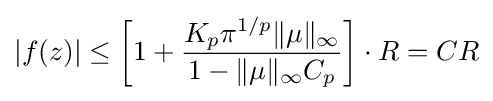
\displaystyle |f(z)|\leq \left[1+{K_{p}\pi ^{1/p}\|\mu \|_{\infty } \over 1-\|\mu \|_{\infty }C_{p}}\right]\cdot R=CR